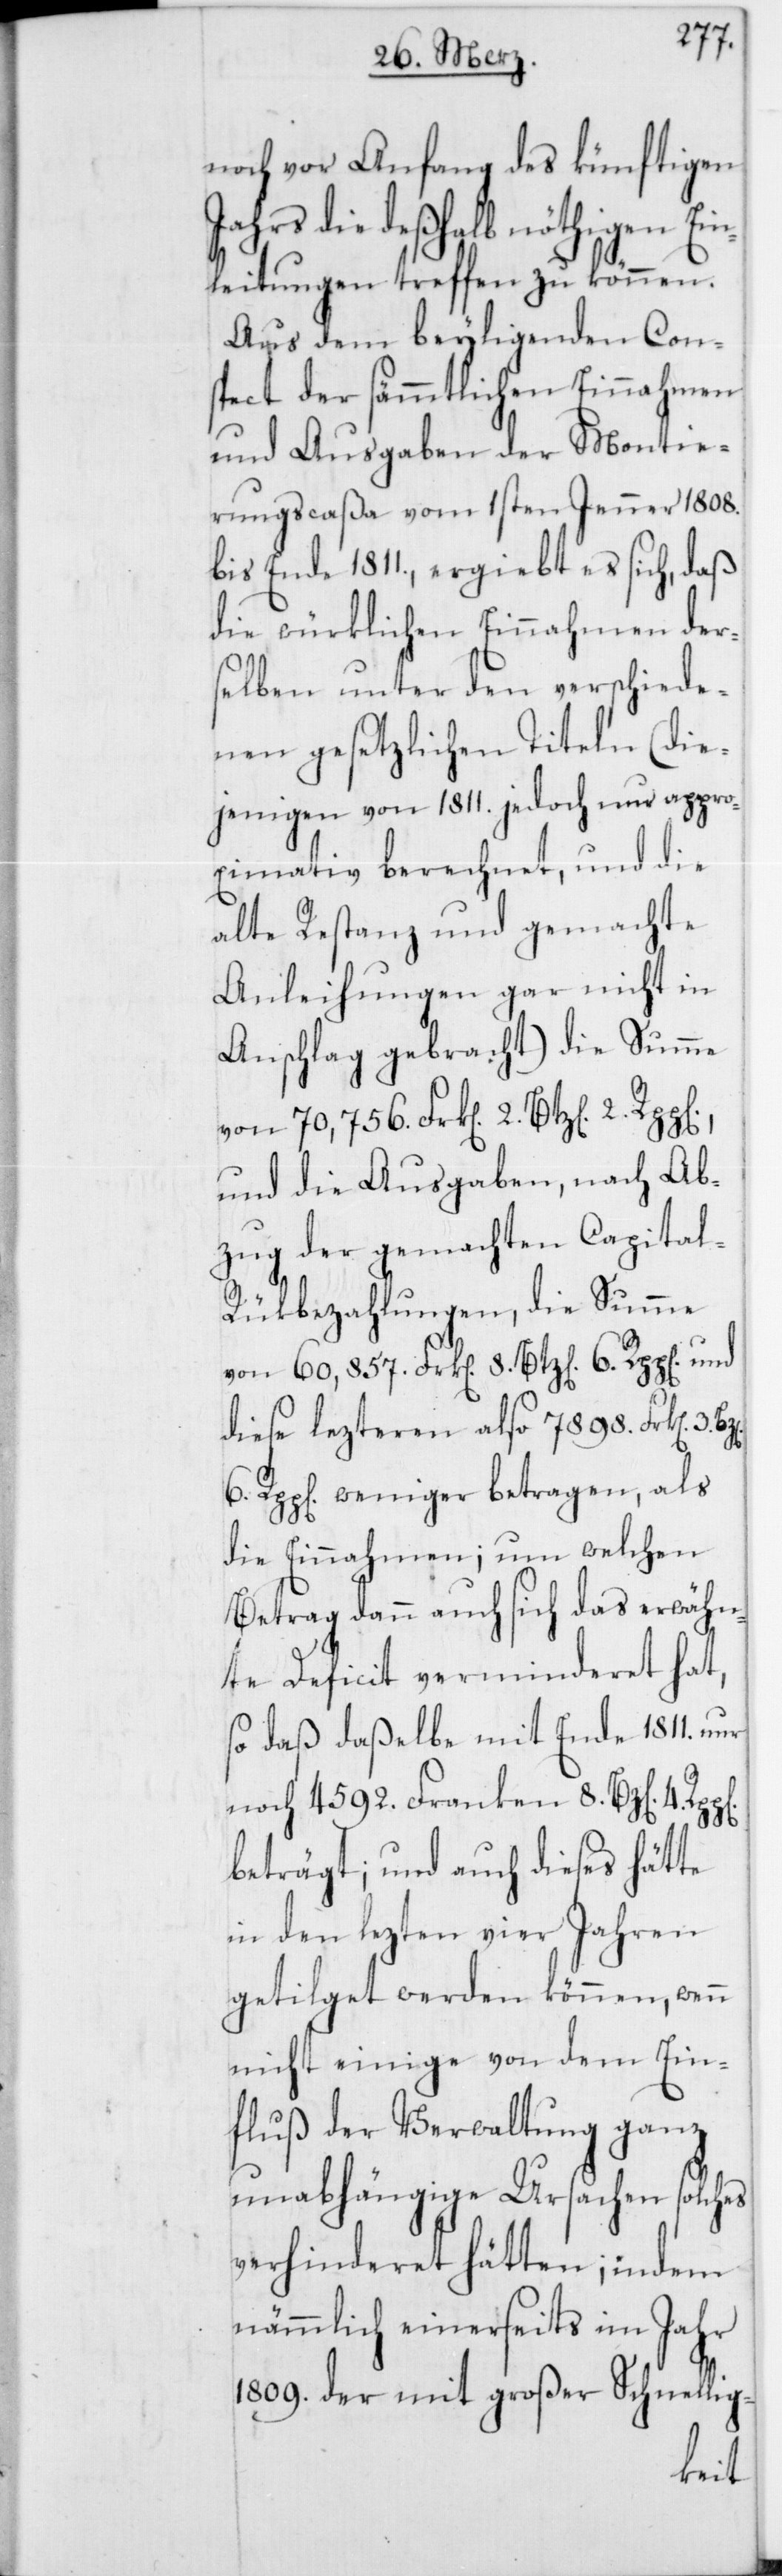
noch vor Anfang des künftigen
Jahrs die deßhalb nöthigen Ein¬
leitungen treffen zu können.
Aus dem beyligenden Con¬
spect der sämmtlichen Einnahmen
und Ausgaben der Montie¬
rungscaßa vom 1sten Jenner 1808.
bis Ende 1811., ergiebt es sich, daß
die würklichen Einnahmen der¬
selben unter den verschiede¬
nen gesetzlichen Titeln (die¬
jenigen von 1811. jedoch nur appro¬
ximativ berechnet, und die
alte Restanz und gemachte
Anleihungen gar nicht in
Anschlag gebracht) die Summe
von 70,756. Frk[en]. 2. Btz[en].
und die Ausgaben, nach Ab¬
zug der gemachten Capital-R¬
ükbezahlungen, die Summe
von 60,857. Frk[en]. 8. Btz[en].
diese lezteren also 7898. Frk[en]. 3.
6. Rpp[en]. weniger betragen, als
die Einnahmen; um welchen
Betrag dann auch sich das erwähn¬
te Deficit verminderet hat,
so daß daßelbe mit Ende 1811. nur
noch 4592. Franken 8. Bz[en].
beträgt; und auch dieses hätte
in den lezten vier Jahren
getilget werden können, wenn
nicht einige von dem Ein¬
fluß der Verwaltung ganz
unabhängige Ursachen solches
verhinderet hätten; indem
nämmlich einerseits im Jahr
1809. der mit großer Schnellig-